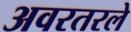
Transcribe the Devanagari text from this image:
अवरतरले